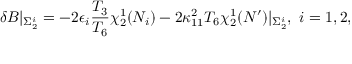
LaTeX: \delta B \vert _ { \Sigma _ { 2 } ^ { i } } = - 2 \epsilon _ { i } { \frac { T _ { 3 } } { T _ { 6 } } } \chi _ { 2 } ^ { 1 } ( N _ { i } ) - 2 \kappa _ { 1 1 } ^ { 2 } T _ { 6 } \chi _ { 2 } ^ { 1 } ( N ^ { \prime } ) \vert _ { \Sigma _ { 2 } ^ { i } } , \ i = 1 , 2 ,